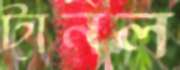
টানল